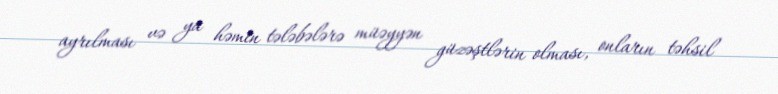
ayrılması və ya həmin tələbələrə müəyyən güzəştlərin olması, onların təhsil